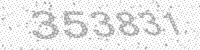
Solution: 353831